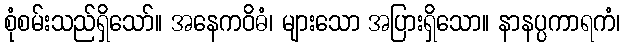
စုံစမ်းသည်ရှိသော်။ အနေကဝိဓံ၊ များသော အပြားရှိသော။ နာနပ္ပကာရကံ၊